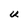
Character: U